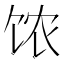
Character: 𲋥